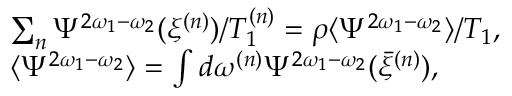
\begin{array} { r l } & { \sum _ { n } \Psi ^ { 2 \omega _ { 1 } - \omega _ { 2 } } ( \xi ^ { ( n ) } ) / T _ { 1 } ^ { ( n ) } = \rho \langle \Psi ^ { 2 \omega _ { 1 } - \omega _ { 2 } } \rangle / T _ { 1 } , } \\ & { \langle \Psi ^ { 2 \omega _ { 1 } - \omega _ { 2 } } \rangle = \int d \omega ^ { ( n ) } \Psi ^ { 2 \omega _ { 1 } - \omega _ { 2 } } ( \bar { \xi } ^ { ( n ) } ) , } \end{array}